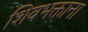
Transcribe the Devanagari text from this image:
शिवभक्ताना